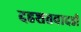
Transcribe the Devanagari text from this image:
दहशतवादही